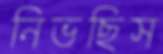
নিভছিস